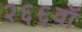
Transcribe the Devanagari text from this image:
२६६वॉ